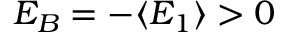
E _ { B } = - \langle E _ { 1 } \rangle > 0